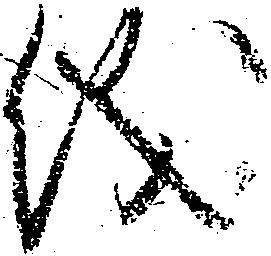
儀